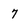
Character: 7